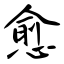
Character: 愈